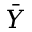
\bar { Y }